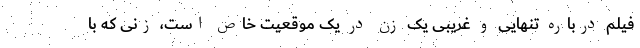
فیلم درباره تنهایی و غریبی یک زن در یک موقعیت خاص است، زنی که با